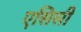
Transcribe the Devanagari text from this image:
एसिसी